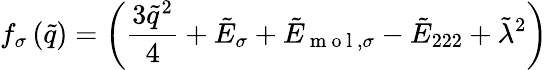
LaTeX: f_{\sigma}\left(\tilde{q}\right)=\left(\frac{3\tilde{q}^{2}}{4}+\tilde{E}_{\sigma}+\tilde{E}_{\mathrm{~m~o~l~},\sigma}-\tilde{E}_{222}+\tilde{\lambda}^{2}\right)